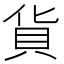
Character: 貨